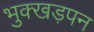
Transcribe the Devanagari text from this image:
भुक्खड़पन